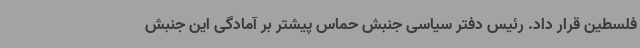
فلسطین قرار داد. رئیس دفتر سیاسی جنبش حماس پیشتر بر آمادگی این جنبش